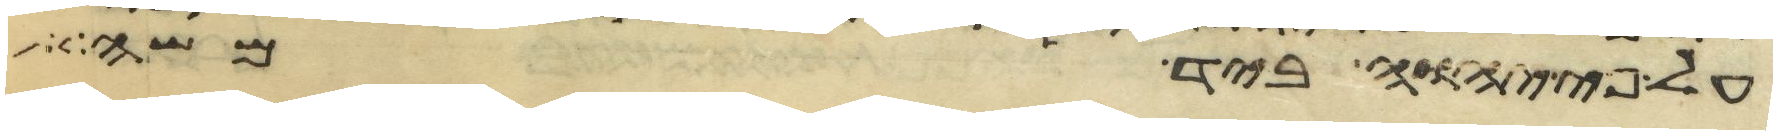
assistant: על פי יהוה ביד משה